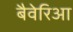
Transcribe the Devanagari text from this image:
बैवेरिआ